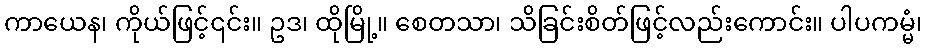
ကာယေန၊ ကိုယ်ဖြင့်၎င်း။ ဥဒ၊ ထိုမြို့။ စေတသာ၊ သိခြင်းစိတ်ဖြင့်လည်းကောင်း။ ပါပကမ္မံ၊